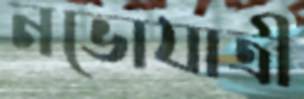
নভোযাত্রী